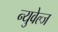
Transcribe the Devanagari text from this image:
न्युवेल्ज